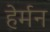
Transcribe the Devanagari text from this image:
हेर्मन